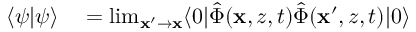
\begin{array} { r l } { \langle \psi | \psi \rangle } & { { } = \operatorname* { l i m } _ { \mathbf { x } ^ { \prime } \to \mathbf { x } } \langle 0 | \hat { \Phi } ( \mathbf { x } , z , t ) \hat { \Phi } ( \mathbf { x } ^ { \prime } , z , t ) | 0 \rangle } \end{array}